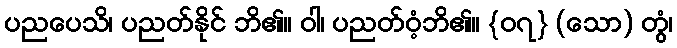
ပညပေသိ၊ ပညတ်နိုင် ဘိ၏။ ဝါ၊ ပညတ်ဝံ့ဘိ၏။ {၀၇} (သော) တွံ၊